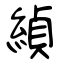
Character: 緽